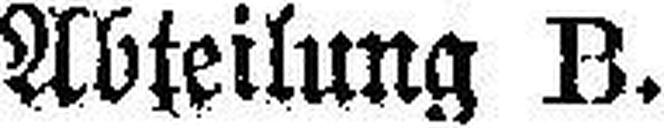
Abteilung B.